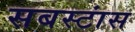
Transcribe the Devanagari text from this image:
सबस्टांस